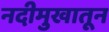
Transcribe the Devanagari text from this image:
नदीमुखातून